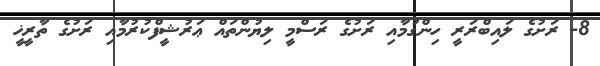
8- ރަށުގެ ލައިބްރަރީ ހިންގުމާއި ރަށުގެ ރަސްމީ ލިޔުންތައް ޢަރުޝީފްކުރުމާއި ރަށުގެ ތާރީޚީ